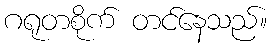
ဂရုတစိုက် တင်နေသည်။